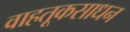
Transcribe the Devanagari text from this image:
वाहतूकसाधन